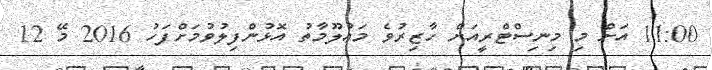
11:00 އަށް މި މިނިސްޓްރީއަށް ހާޒިރުވެ މަޢުލޫމާތު އޮޅުންފިލުވުމަށްފަހު 2016 މޭ 12